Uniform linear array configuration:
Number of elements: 4
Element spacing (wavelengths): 1
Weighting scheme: cosine
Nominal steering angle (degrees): -60
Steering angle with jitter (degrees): -61.004
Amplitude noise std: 0.05
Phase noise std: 0.05

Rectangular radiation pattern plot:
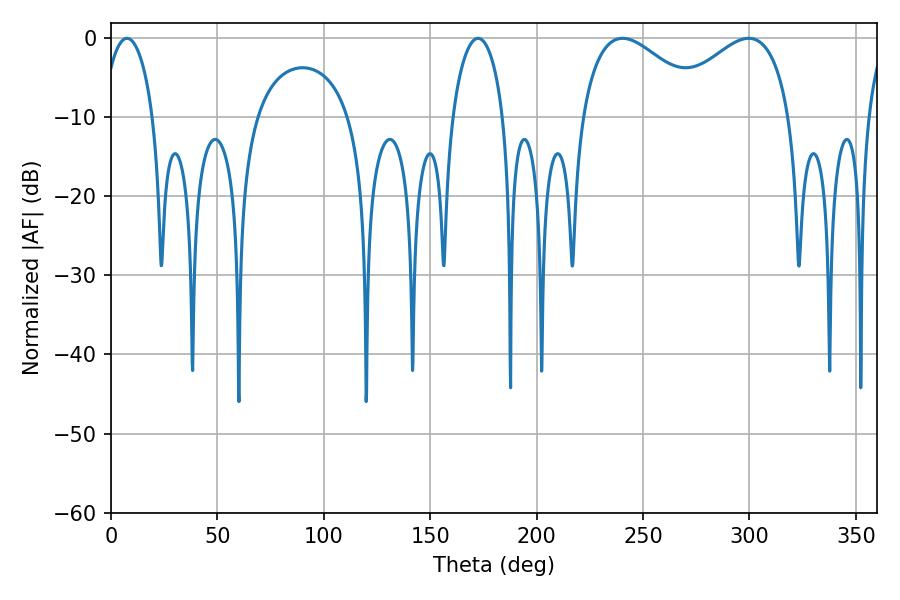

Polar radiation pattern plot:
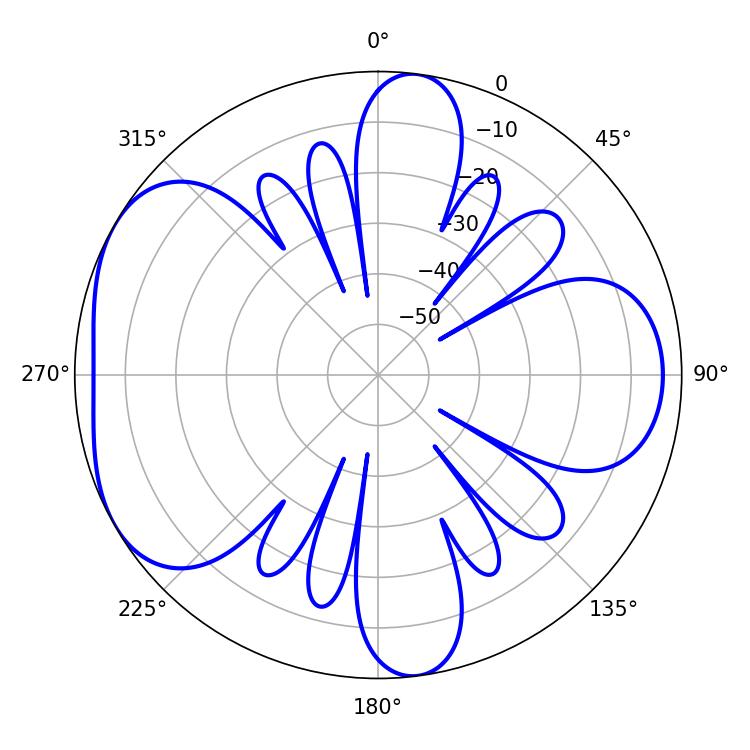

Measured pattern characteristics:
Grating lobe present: TRUE
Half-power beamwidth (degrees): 32.4
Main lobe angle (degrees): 240.3